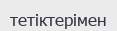
тетіктерімен